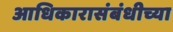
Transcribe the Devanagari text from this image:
आधिकारासंबंधीच्या